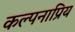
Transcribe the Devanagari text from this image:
कल्पनाप्रिय